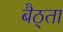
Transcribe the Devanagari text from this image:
बैठ्ता